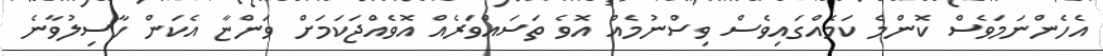
އެހެންނަމަވެސް ކޮންމެ ކަމެއްގައިވެސް ވިސްނުމެއް އޮވެ ތަސައްވަރެއް އޮވެއްޖަކަމަށް ވަންޏާ އެކަން ހާސިލުވާނެ